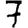
Digit: 7